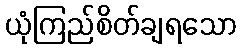
ယုံကြည်စိတ်ချရသော